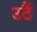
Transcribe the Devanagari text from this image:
उठैं